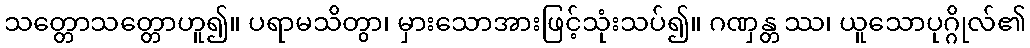
သတ္တောသတ္တောဟူ၍။ ပရာမသိတွာ၊ မှားသောအားဖြင့်သုံးသပ်၍။ ဂဏှန္တ ဿ၊ ယူသောပုဂ္ဂိုလ်၏